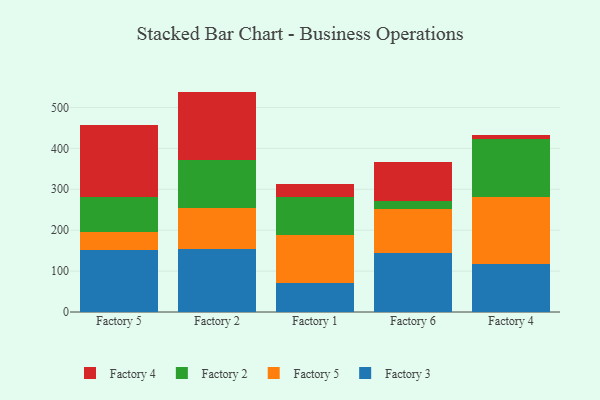
{"axis": {"x": "Factory", "y": "Gross Profit (USD K)"}, "legend": ["Factory 2", "Factory 3", "Factory 4", "Factory 5"], "data": [{"x": "Factory 5", "y": 152.4, "type": "Factory 3"}, {"x": "Factory 5", "y": 44.2, "type": "Factory 5"}, {"x": "Factory 5", "y": 85.7, "type": "Factory 2"}, {"x": "Factory 5", "y": 174.0, "type": "Factory 4"}, {"x": "Factory 2", "y": 155.0, "type": "Factory 3"}, {"x": "Factory 2", "y": 99.7, "type": "Factory 5"}, {"x": "Factory 2", "y": 115.8, "type": "Factory 2"}, {"x": "Factory 2", "y": 168.3, "type": "Factory 4"}, {"x": "Factory 1", "y": 71.1, "type": "Factory 3"}, {"x": "Factory 1", "y": 116.5, "type": "Factory 5"}, {"x": "Factory 1", "y": 94.1, "type": "Factory 2"}, {"x": "Factory 1", "y": 32.3, "type": "Factory 4"}, {"x": "Factory 6", "y": 143.3, "type": "Factory 3"}, {"x": "Factory 6", "y": 108.6, "type": "Factory 5"}, {"x": "Factory 6", "y": 19.0, "type": "Factory 2"}, {"x": "Factory 6", "y": 95.2, "type": "Factory 4"}, {"x": "Factory 4", "y": 117.2, "type": "Factory 3"}, {"x": "Factory 4", "y": 164.3, "type": "Factory 5"}, {"x": "Factory 4", "y": 141.2, "type": "Factory 2"}, {"x": "Factory 4", "y": 9.3, "type": "Factory 4"}]}